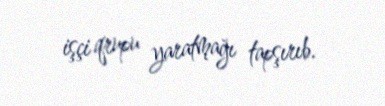
işçi qrupu yaratmağı tapşırıb.